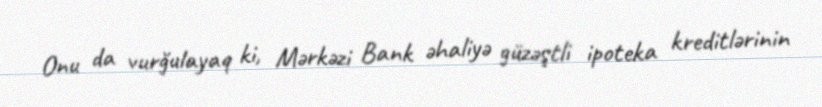
Onu da vurğulayaq ki, Mərkəzi Bank əhaliyə güzəştli ipoteka kreditlərinin